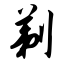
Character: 剃